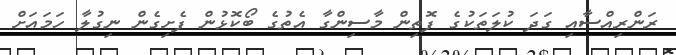
ރަންރިއްސާއި ގަދަ ކުލަތަކުގެ ފޮތިން މާސިންގާ އެތުގެ ބޯކޮޅުން ފެށިގެން ނިގުލާ ހަމައަށް